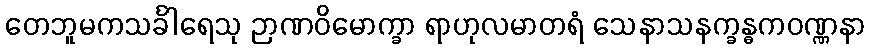
တေဘူမကသင်္ခါရေသု ဉာဏဝိမောက္ခာ ရာဟုလမာတရံ သေနာသနက္ခန္ဓကဝဏ္ဏနာ